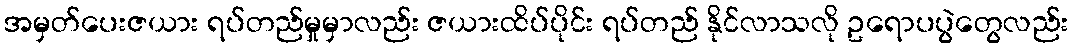
အမှတ်ပေးဇယား ရပ်တည်မှုမှာလည်း ဇယားထိပ်ပိုင်း ရပ်တည် နိုင်လာသလို ဥရောပပွဲတွေလည်း